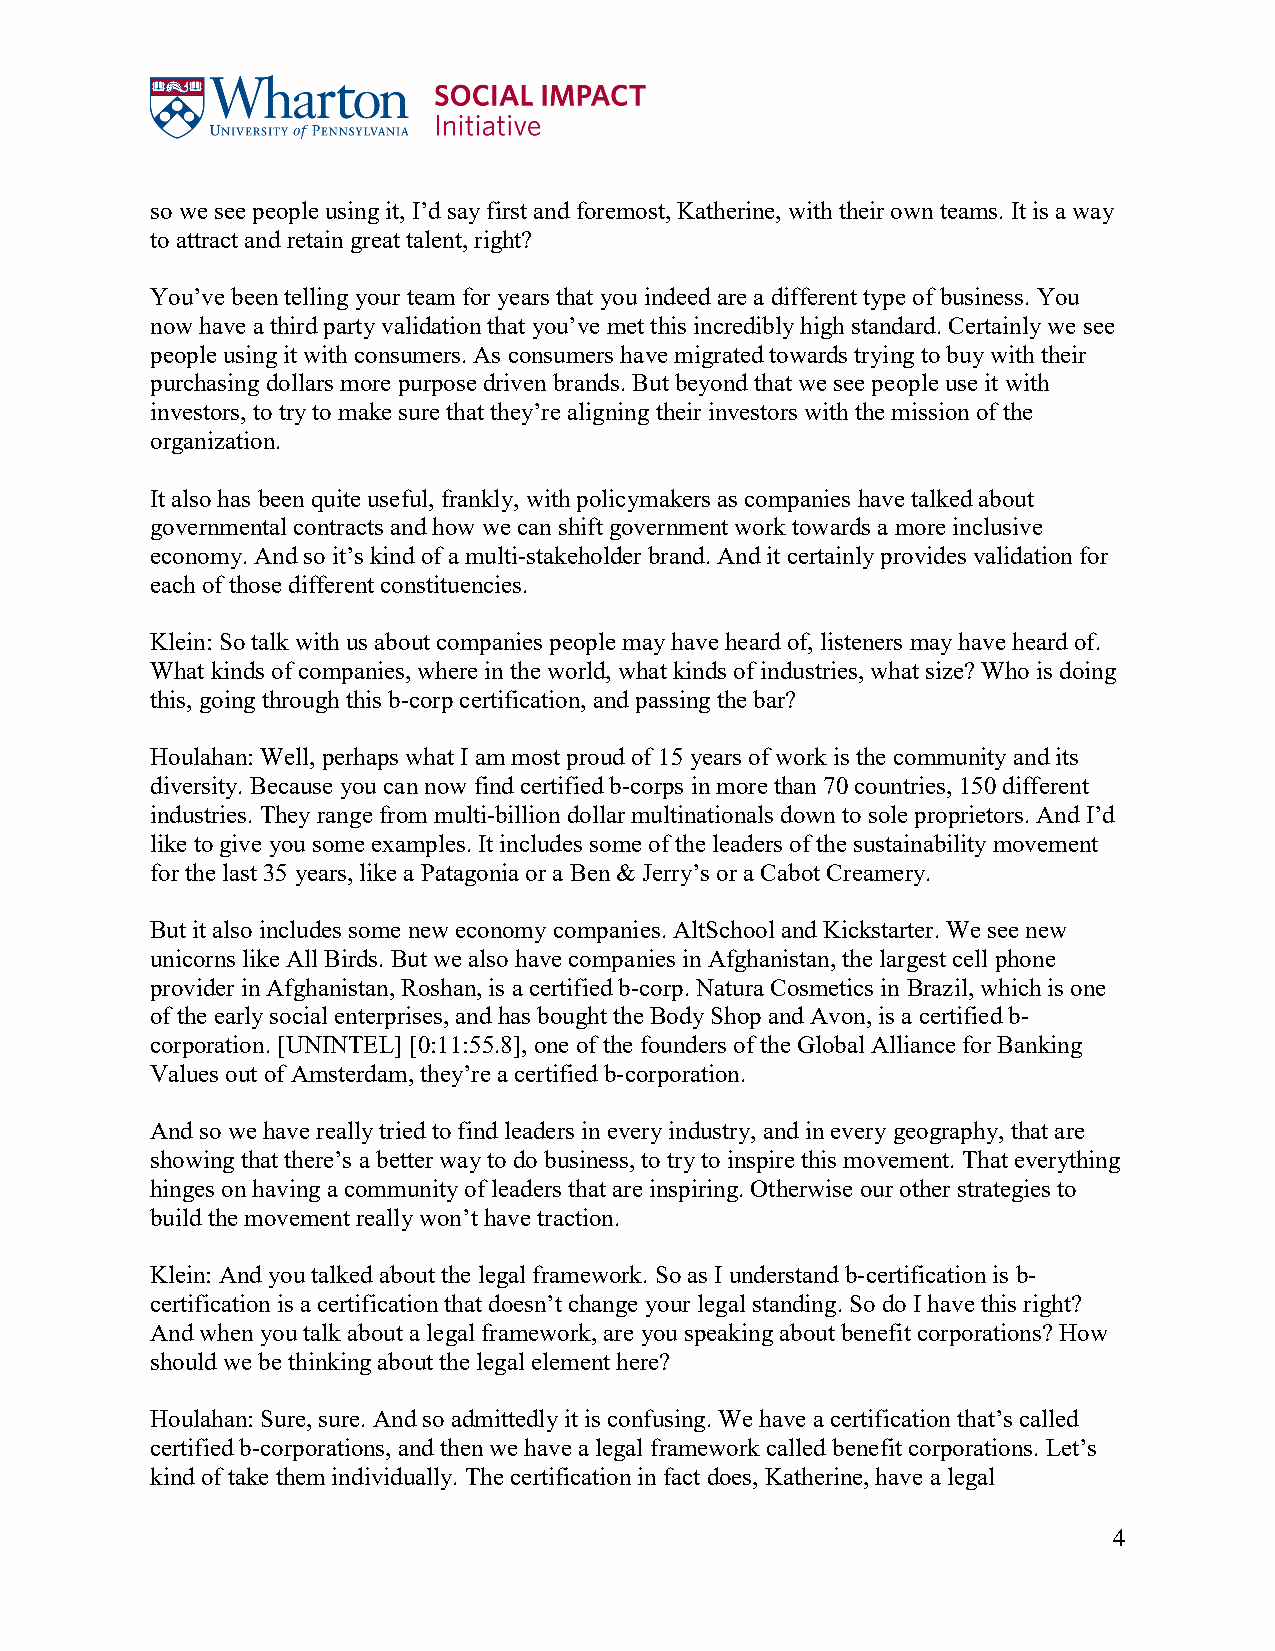
so we see people using it, I’d say first and foremost, Katherine, with their own teams. It is a way
 to attract and retain great talent, right?
 You’ve been telling your team for years that you indeed are a different type of business. You
 now have a third party validation that you’ve met this incredibly high standard. Certainly we see
 people using it with consumers. As consumers have migrated towards trying to buy with their
 purchasing dollars more purpose driven brands. But beyond that we see people use it with
 investors, to try to make sure that they’re aligning their investors with the mission of the
 organization.
 It also has been quite useful, frankly, with policymakers as companies have talked about
 governmental contracts and how we can shift government work towards a more inclusive
 economy. And so it’s kind of a multi-stakeholder brand. And it certainly provides validation for
 each of those different constituencies.
 Klein: So talk with us about companies people may have heard of, listeners may have heard of.
 What kinds of companies, where in the world, what kinds of industries, what size? Who is doing
 this, going through this b-corp certification, and passing the bar?
 Houlahan: Well, perhaps what I am most proud of 15 years of work is the community and its
 diversity. Because you can now find certified b-corps in more than 70 countries, 150 different
 industries. They range from multi-billion dollar multinationals down to sole proprietors. And I’d
 like to give you some examples. It includes some of the leaders of the sustainability movement
 for the last 35 years, like a Patagonia or a Ben & Jerry’s or a Cabot Creamery.
 But it also includes some new economy companies. AltSchool and Kickstarter. We see new
 unicorns like All Birds. But we also have companies in Afghanistan, the largest cell phone
 provider in Afghanistan, Roshan, is a certified b-corp. Natura Cosmetics in Brazil, which is one
 of the early social enterprises, and has bought the Body Shop and Avon, is a certified b-
 corporation. [UNINTEL] [0:11:55.8], one of the founders of the Global Alliance for Banking
 Values out of Amsterdam, they’re a certified b-corporation.
 And so we have really tried to find leaders in every industry, and in every geography, that are
 showing that there’s a better way to do business, to try to inspire this movement. That everything
 hinges on having a community of leaders that are inspiring. Otherwise our other strategies to
 build the movement really won’t have traction.
 Klein: And you talked about the legal framework. So as I understand b-certification is b-
 certification is a certification that doesn’t change your legal standing. So do I have this right?
 And when you talk about a legal framework, are you speaking about benefit corporations? How
 should we be thinking about the legal element here?
 Houlahan: Sure, sure. And so admittedly it is confusing. We have a certification that’s called
 certified b-corporations, and then we have a legal framework called benefit corporations. Let’s
 kind of take them individually. The certification in fact does, Katherine, have a legal
 4